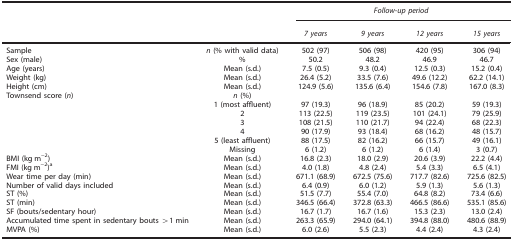
<table><thead><tr><td><b> </b></td><td><b> </b></td><td colspan="4"><b><i>Follow-up period</i></b></td></tr><tr><td><b> </b></td><td><b> </b></td><td><b><i>7 years</i></b></td><td><b><i>9 years</i></b></td><td><b><i>12 years</i></b></td><td><b><i>15 years</i></b></td></tr></thead><tbody><tr><td>Sample</td><td><i>n</i> (% with valid data)</td><td>502 (97)</td><td>506 (98)</td><td>420 (95)</td><td>306 (94)</td></tr><tr><td>Sex (male)</td><td>%</td><td>50.2</td><td>48.2</td><td>46.9</td><td>46.7</td></tr><tr><td>Age (years)</td><td>Mean (s.d.)</td><td>7.5 (0.5)</td><td>9.3 (0.4)</td><td>12.5 (0.3)</td><td>15.2 (0.4)</td></tr><tr><td>Weight (kg)</td><td>Mean (s.d.)</td><td>26.4 (5.2)</td><td>33.5 (7.6)</td><td>49.6 (12.2)</td><td>62.2 (14.1)</td></tr><tr><td>Height (cm)</td><td>Mean (s.d.)</td><td>124.9 (5.6)</td><td>135.6 (6.4)</td><td>154.6 (7.8)</td><td>167.0 (8.3)</td></tr><tr><td>Townsend score (<i>n</i>)</td><td><i>n</i> (%)</td><td> </td><td> </td><td> </td><td> </td></tr><tr><td> </td><td>1 (most affluent)</td><td>97 (19.3)</td><td>96 (18.9)</td><td>85 (20.2)</td><td>59 (19.3)</td></tr><tr><td> </td><td>2</td><td>113 (22.5)</td><td>119 (23.5)</td><td>101 (24.1)</td><td>79 (25.9)</td></tr><tr><td> </td><td>3</td><td>108 (21.5)</td><td>110 (21.7)</td><td>94 (22.4)</td><td>68 (22.3)</td></tr><tr><td> </td><td>4</td><td>90 (17.9)</td><td>93 (18.4)</td><td>68 (16.2)</td><td>48 (15.7)</td></tr><tr><td> </td><td>5 (least affluent)</td><td>88 (17.5)</td><td>82 (16.2)</td><td>66 (15.7)</td><td>49 (16.1)</td></tr><tr><td> </td><td>Missing</td><td>6 (1.2)</td><td>6 (1.2)</td><td>6 (1.4)</td><td>3 (0.7)</td></tr><tr><td>BMI (kg m<sup>−</sup><sup>2</sup>)</td><td>Mean (s.d.)</td><td>16.8 (2.3)</td><td>18.0 (2.9)</td><td>20.6 (3.9)</td><td>22.2 (4.4)</td></tr><tr><td>FMI (kg m<sup>−</sup><sup>2</sup>)a</td><td>Mean (s.d.)</td><td>4.0 (1.8)</td><td>4.8 (2.4)</td><td>5.4 (3.3)</td><td>6.5 (4.1)</td></tr><tr><td>Wear time per day (min)</td><td>Mean (s.d.)</td><td>671.1 (68.9)</td><td>672.5 (75.6)</td><td>717.7 (82.6)</td><td>725.6 (82.5)</td></tr><tr><td>Number of valid days included</td><td>Mean (s.d.)</td><td>6.4 (0.9)</td><td>6.0 (1.2)</td><td>5.9 (1.3)</td><td>5.6 (1.3)</td></tr><tr><td>ST (%)</td><td>Mean (s.d.)</td><td>51.5 (7.7)</td><td>55.4 (7.0)</td><td>64.8 (8.2)</td><td>73.4 (6.6)</td></tr><tr><td>ST (min)</td><td>Mean (s.d.)</td><td>346.5 (66.4)</td><td>372.8 (63.3)</td><td>466.5 (86.6)</td><td>535.1 (85.6)</td></tr><tr><td>SF (bouts/sedentary hour)</td><td>Mean (s.d.)</td><td>16.7 (1.7)</td><td>16.7 (1.6)</td><td>15.3 (2.3)</td><td>13.0 (2.4)</td></tr><tr><td>Accumulated time spent in sedentary bouts &gt;1 min</td><td>Mean (s.d.)</td><td>263.3 (65.9)</td><td>294.0 (64.1)</td><td>394.8 (88.0)</td><td>480.6 (88.9)</td></tr><tr><td>MVPA (%)</td><td>Mean (s.d.)</td><td>6.0 (2.6)</td><td>5.5 (2.3)</td><td>4.4 (2.4)</td><td>4.3 (2.4)</td></tr></tbody></table>